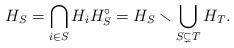
LaTeX: \begin{align*} H_S = \bigcap_{i \in S}H_i H_S^\circ = H_S \smallsetminus \bigcup_{S \subsetneq T} H_T. \end{align*}